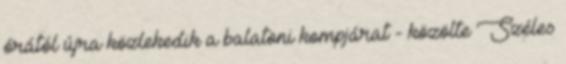
órától újra közlekedik a balatoni kompjárat - közölte Széles